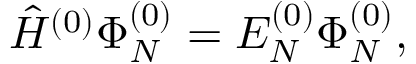
\begin{array} { r } { \hat { H } ^ { ( 0 ) } \Phi _ { N } ^ { ( 0 ) } = E _ { N } ^ { ( 0 ) } \Phi _ { N } ^ { ( 0 ) } , } \end{array}